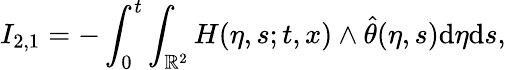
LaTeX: I_{2,1}=-\int_{0}^{t}\int_{\mathbb{R}^{2}}H(\eta,s;t,x)\wedge\hat{\theta}(\eta,s)\mathrm{d}\eta\mathrm{d}s,